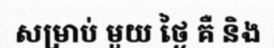
សម្រាប់ មួយ ថ្ងៃ គឺ និង